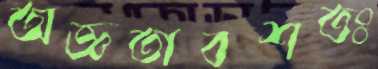
অজ্ঞতাবশতঃ